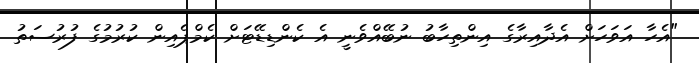
"އެހާ އަވަހަށް އެދާއިރާގެ އިންތިހާބު ނުބޭއްވެނީ އެ ކެންޑިޑޭޓަށް ކެމްޕެއިން ކުރުމުގެ ފުރުސަތު